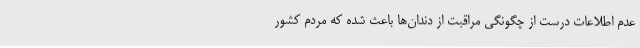
عدم اطلاعات درست از چگونگی مراقبت از دندان‌ها باعث شده که مردم کشور